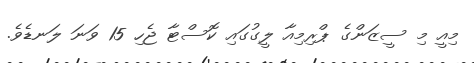
މިއީ މި ސީޒަންގެ ޕްރިމިއާ ލީގުގައި ކޮސްޓާ ޖެހި 15 ވަނަ ލަނޑެވެ.